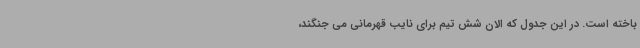
باخته است. در این جدول که الان شش تیم برای نایب قهرمانی می جنگند،